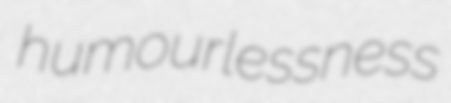
humourlessness